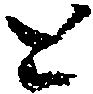
と